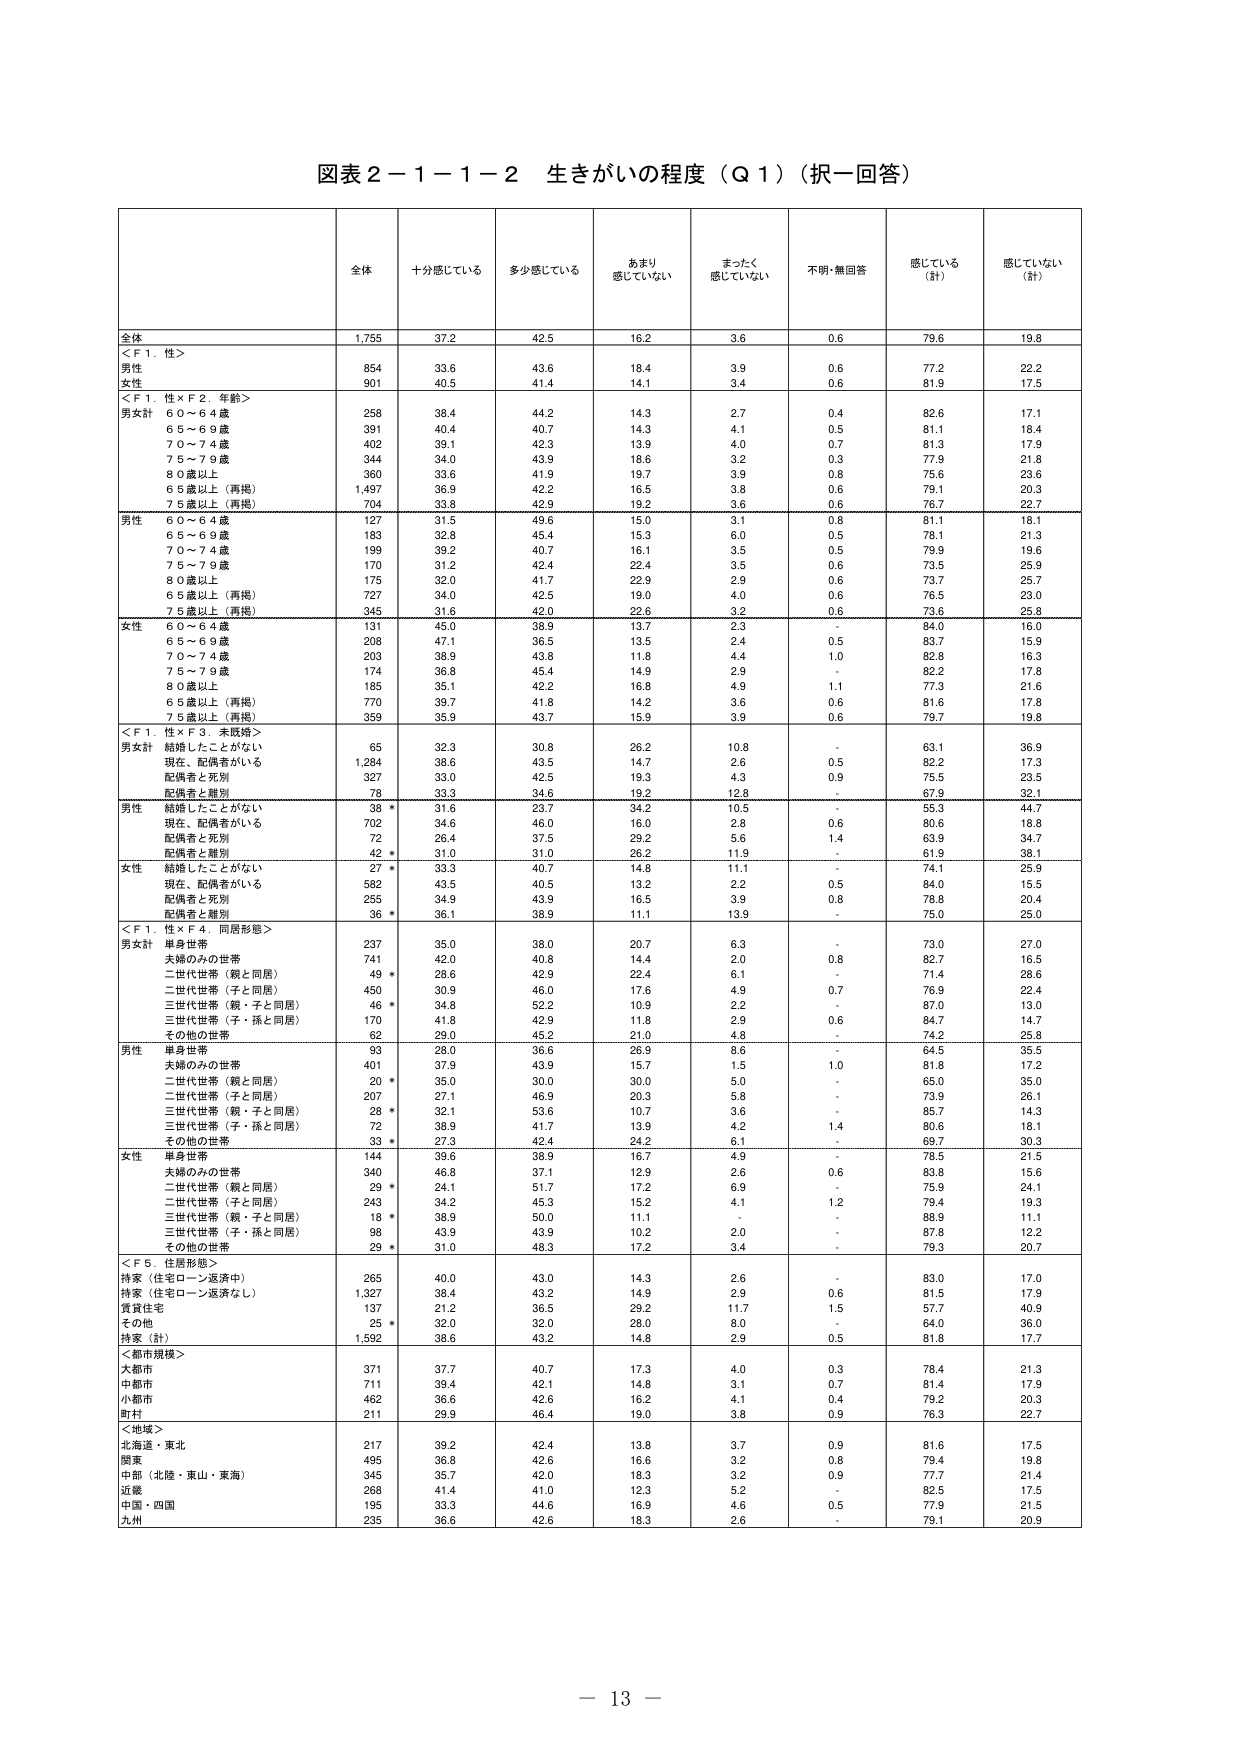
図表２－１－１－２ 生きがいの程度（Ｑ１）（択一回答）

全体 十分感じている 多少感じている あまり感じていない まったく感じていない 不明・無回答 感じている（計） 感じていない（計）

全体 1,755 37.2 42.5 16.2 3.6 0.6 79.6 19.8

＜Ｆ１．性＞
男性 854 33.6 43.6 18.4 3.9 0.6 77.2 22.2
女性 901 40.5 41.4 14.1 3.4 0.6 81.9 17.5

＜Ｆ１．性×Ｆ２．年齢＞
男女計
６０～６４歳 258 38.4 44.2 14.3 2.7 0.4 82.6 17.1
６５～６９歳 391 40.4 40.7 14.3 4.1 0.5 81.1 18.4
７０～７４歳 402 39.1 42.3 13.9 4.0 0.7 81.3 17.9
７５～７９歳 344 34.0 43.9 18.6 3.2 0.3 77.9 21.8
８０歳以上 360 33.6 41.9 19.7 3.9 0.8 75.6 23.6
６５歳以上（再掲） 1,497 36.9 42.2 16.5 3.8 0.6 79.1 20.3
７５歳以上（再掲） 704 33.8 42.9 19.2 3.6 0.6 76.7 22.7

男性
６０～６４歳 127 31.5 49.6 15.0 3.1 0.8 81.1 18.1
６５～６９歳 183 32.8 45.4 15.3 6.0 0.5 78.1 21.3
７０～７４歳 199 39.2 40.7 16.1 3.5 0.5 79.9 19.6
７５～７９歳 170 31.2 42.4 22.4 3.5 0.6 73.5 25.9
８０歳以上 175 32.0 41.7 22.9 2.9 0.6 73.7 25.7
６５歳以上（再掲） 727 34.0 42.5 19.0 4.0 0.6 76.5 23.0
７５歳以上（再掲） 345 31.6 42.0 22.6 3.2 0.6 73.6 25.8

女性
６０～６４歳 131 45.0 38.9 13.7 2.3 - 84.0 16.0
６５～６９歳 208 47.1 36.5 13.5 2.4 0.5 83.7 15.9
７０～７４歳 203 38.9 43.8 11.8 4.4 1.0 82.8 16.3
７５～７９歳 174 36.8 45.4 14.9 2.9 - 82.2 17.8
８０歳以上 185 35.1 42.2 16.8 4.9 1.1 77.3 21.6
６５歳以上（再掲） 770 39.7 41.8 14.2 3.6 0.6 81.6 17.8
７５歳以上（再掲） 359 35.9 43.7 15.9 3.9 0.6 79.7 19.8

＜Ｆ１．性×Ｆ３．未既婚＞
男女計
結婚したことがない 65 32.3 30.8 26.2 10.8 - 63.1 36.9
現在、配偶者がいる 1,284 38.6 43.5 14.7 2.6 0.5 82.2 17.3
配偶者と死別 327 33.0 42.5 19.3 4.3 0.9 75.5 23.5
配偶者と離別 78 33.3 34.6 19.2 12.8 - 67.9 32.1

男性
結婚したことがない 38 * 31.6 23.7 34.2 10.5 - 55.3 44.7
現在、配偶者がいる 702 34.6 46.0 16.0 2.8 0.6 80.6 18.8
配偶者と死別 72 26.4 37.5 29.2 5.6 1.4 63.9 34.7
配偶者と離別 42 * 31.0 31.0 26.2 11.9 - 61.9 38.1

女性
結婚したことがない 27 * 33.3 40.7 14.8 11.1 - 74.1 25.9
現在、配偶者がいる 582 43.5 40.5 13.2 2.2 0.5 84.0 15.5
配偶者と死別 255 34.9 43.9 16.5 3.9 0.8 78.8 20.4
配偶者と離別 36 * 36.1 38.9 11.1 13.9 - 75.0 25.0

＜Ｆ１．性×Ｆ４．同居形態＞
男女計
単身世帯 237 35.0 38.0 20.7 6.3 - 73.0 27.0
夫婦のみの世帯 741 42.0 40.8 14.4 2.0 0.8 82.7 16.5
二世代世帯（親と同居） 49 * 28.6 42.9 22.4 6.1 - 71.4 28.6
二世代世帯（子と同居） 450 30.9 46.0 17.6 4.9 0.7 76.9 22.4
三世代世帯（親・子と同居） 46 * 34.8 52.2 10.9 2.2 - 87.0 13.0
三世代世帯（子・孫と同居） 170 41.8 42.9 11.8 2.9 0.6 84.7 14.7
その他の世帯 62 29.0 45.2 21.0 4.8 - 74.2 25.8

男性
単身世帯 93 28.0 36.6 26.9 8.6 - 64.5 35.5
夫婦のみの世帯 401 37.9 43.9 15.7 1.5 1.0 81.8 17.2
二世代世帯（親と同居） 20 * 35.0 30.0 30.0 5.0 - 65.0 35.0
二世代世帯（子と同居） 207 27.1 46.9 20.3 5.8 - 73.9 26.1
三世代世帯（親・子と同居） 28 * 32.1 53.6 10.7 3.6 - 85.7 14.3
三世代世帯（子・孫と同居） 72 38.9 41.7 13.9 4.2 1.4 80.6 18.1
その他の世帯 33 * 27.3 42.4 24.2 6.1 - 69.7 30.3

女性
単身世帯 144 39.6 38.9 16.7 4.9 - 78.5 21.5
夫婦のみの世帯 340 46.8 37.1 12.9 2.6 0.6 83.8 15.6
二世代世帯（親と同居） 29 * 24.1 51.7 17.2 6.9 - 75.9 24.1
二世代世帯（子と同居） 243 34.2 45.3 15.2 4.1 1.2 79.4 19.3
三世代世帯（親・子と同居） 18 * 38.9 50.0 11.1 - - 88.9 11.1
三世代世帯（子・孫と同居） 98 43.9 43.9 10.2 2.0 - 87.8 12.2
その他の世帯 29 * 31.0 48.3 17.2 3.4 - 79.3 20.7

＜Ｆ５．住居形態＞
持家（住宅ローン返済中） 265 40.0 43.0 14.3 2.6 - 83.0 17.0
持家（住宅ローン返済なし） 1,327 38.4 43.2 14.9 2.9 0.6 81.5 17.9
賃貸住宅 137 21.2 36.5 29.2 11.7 1.5 57.7 40.9
その他 25 * 32.0 32.0 28.0 8.0 - 64.0 36.0
持家（計） 1,592 38.6 43.2 14.8 2.9 0.5 81.8 17.7

＜都市規模＞
大都市 371 37.7 40.7 17.3 4.0 0.3 78.4 21.3
中都市 711 39.4 42.1 14.8 3.1 0.7 81.4 17.9
小都市 462 36.6 42.6 16.2 4.1 0.4 79.2 20.3
町村 211 29.9 46.4 19.0 3.8 0.9 76.3 22.7

＜地域＞
北海道・東北 217 39.2 42.4 13.8 3.7 0.9 81.6 17.5
関東 495 36.8 42.6 16.6 3.2 0.8 79.4 19.8
中部（北陸・東山・東海） 345 35.7 42.0 18.3 3.2 0.9 77.7 21.4
近畿 268 41.4 41.0 12.3 5.2 - 82.5 17.5
中国・四国 195 33.3 44.6 16.9 4.6 0.5 77.9 21.5
九州 235 36.6 42.6 18.3 2.6 - 79.1 20.9

－ 13 －